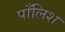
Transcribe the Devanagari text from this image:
पाँलिश